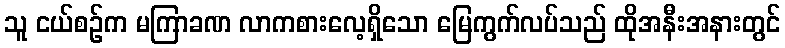
သူ ငယ်စဉ်က မကြာခဏ လာကစားလေ့ရှိသော မြေကွက်လပ်သည် ထိုအနီးအနားတွင်